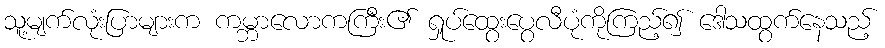
သူ့မျက်လုံးပြာများက ကမ္ဘာလောကကြီး၏ ရှုပ်ထွေးပွေလီပုံကိုကြည့်၍ ဒေါသထွက်နေသည့်